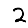
Digit: 2